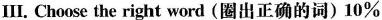
Ⅲ. Choose the right word (圈出正确的词）10%